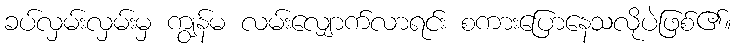
ခပ်လှမ်းလှမ်းမှ ကျွန်မ လမ်းလျှောက်လာရင်း စကားပြောနေသလိုပဲဖြစ်၏။